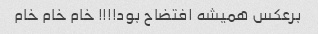
برعکس همیشه افتضاح بود!!!! خام خام خام